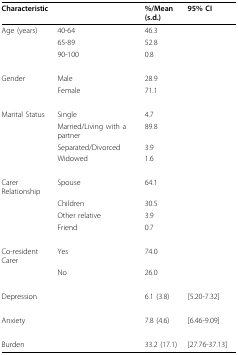
| Characteristic |  | %/Mean(s.d.) | 95% CI |
 | --- | --- | --- | --- |
 | Age (years) | 40-64 | 46.3 |  |
 |  | 65-89 | 52.8 |  |
 |  | 90-100 | 0.8 |  |
 | Gender | Male | 28.9 |  |
 |  | Female | 71.1 |  |
 | Marital Status | Single | 4.7 |  |
 |  | Married/Living with a partner | 89.8 |  |
 |  | Separated/Divorced | 3.9 |  |
 |  | Widowed | 1.6 |  |
 | Carer Relationship | Spouse | 64.1 |  |
 |  | Children | 30.5 |  |
 |  | Other relative | 3.9 |  |
 |  | Friend | 0.7 |  |
 | Co-resident Carer | Yes | 74.0 |  |
 |  | No | 26.0 |  |
 | Depression |  | 6.1 (3.8) | [5.20-7.32] |
 | Anxiety |  | 7.8 (4.6) | [6.46-9.09] |
 | Burden |  | 33.2 (17.1) | [27.76-37.13] |